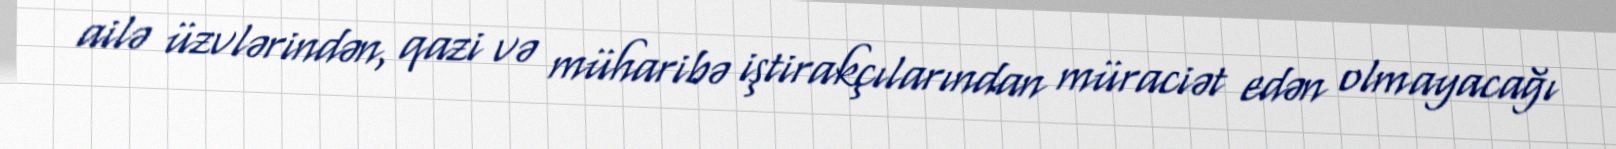
ailə üzvlərindən, qazi və müharibə iştirakçılarından müraciət edən olmayacağı